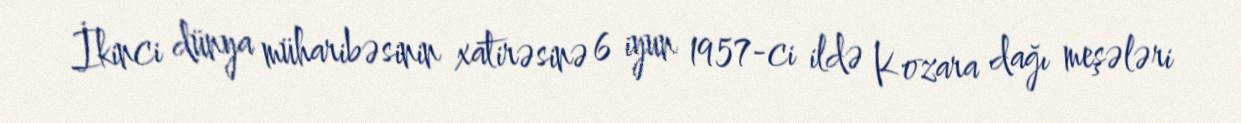
İkinci dünya müharibəsinin xatirəsinə 6 iyun 1957-ci ildə Kozara dağı meşələri